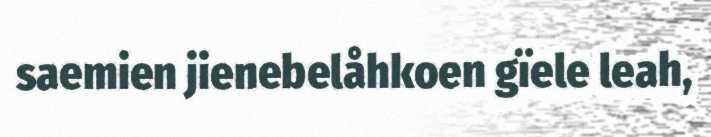
saemien jienebelåhkoen gïele leah,